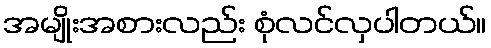
အမျိုးအစားလည်း စုံလင်လှပါတယ်။